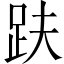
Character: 趺